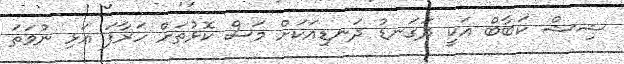
ޝިޝް ކަބާބް އަކީ ދަގަނޑު ދަނޑިއަކަށް މަސް ކޮޅުތަށް ހަރާފަ އަޅި ނުވަތަ